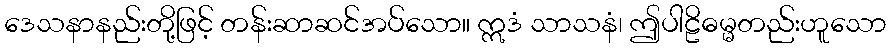
ဒေသနာနည်းတို့ဖြင့် တန်းဆာဆင်အပ်သော။ ဣဒံ သာသနံ၊ ဤပါဠိဓမ္မတည်းဟူသော